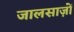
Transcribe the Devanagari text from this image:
जालसाज़ों